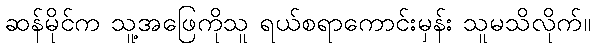
ဆန်မိုင်က သူ့အဖြေကိုသူ ရယ်စရာကောင်းမှန်း သူမသိလိုက်။